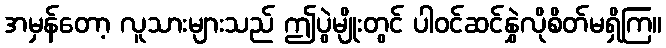
အမှန်တော့ လူသားများသည် ဤပွဲမျိုးတွင် ပါဝင်ဆင်နွှဲလိုစိတ်မရှိကြ။